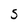
Character: S